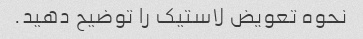
نحوه تعویض لاستیک را توضیح دهید.